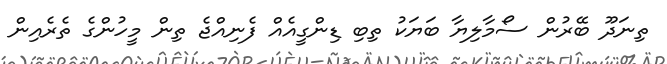
ތިނަދޫ ބޭރުން ސޯމާލިޔާ ބަޔަކު ތިބި ޑިންގީއެއް ފެނިއްޖެ ތިން މީހުންގެ ތެރެއިން